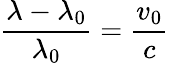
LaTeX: {\frac{\lambda-\lambda_{0}}{\lambda_{0}}}={\frac{v_{0}}{c}}